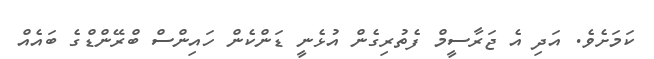
ކަމަށެވެ. އަދި އެ ޖަރާސީމް ފެތުރިގެން އުޅެނީ ޑަންކެން ހައިންސް ބްރޭންޑްގެ ބައެއް